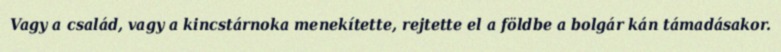
Vagy a család, vagy a kincstárnoka menekítette, rejtette el a földbe a bolgár kán támadásakor.